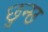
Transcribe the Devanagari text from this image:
छुन्छ